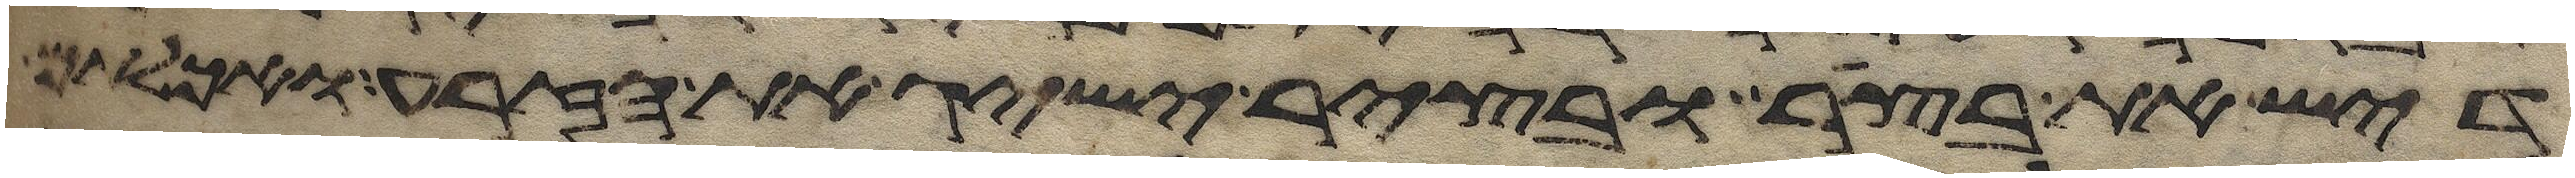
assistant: דיש את בצר ובציר ישיג את הזרע ואכלתם